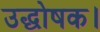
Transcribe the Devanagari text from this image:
उद्घोषक।